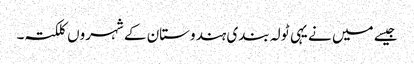
جیسے میں نے یہی ٹولہ بندی ہندوستان کے شہروں کلکتہ۔